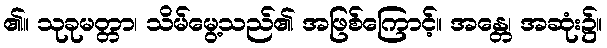
၏။ သုခုမတ္တာ၊ သိမ်မွေ့သည်၏ အဖြစ်ကြောင့်။ အန္တေ၊ အဆုံး၌။